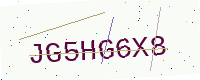
Text: JG5HG6X8